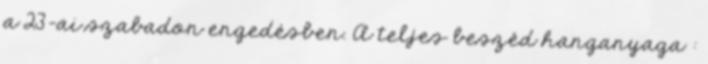
a 23-ai szabadon engedésben. A teljes beszéd hanganyaga :